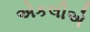
એકલીએ